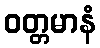
ဝတ္တမာနံ